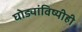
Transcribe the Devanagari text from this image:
घोड्यांविष्यीही